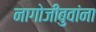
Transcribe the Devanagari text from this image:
नागोजीबुवांना